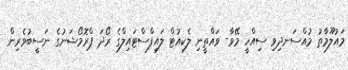
މައުލޫމާތު މުއްސަނދިވި ސިއްހީ މޭވާ- ވައްތީނި ލެކިއުޓް ލައިފްސްޓައިލްގެ ރޯދަ ޕްރޮމޯޝަނުގެ ނަސީބުވެރިން